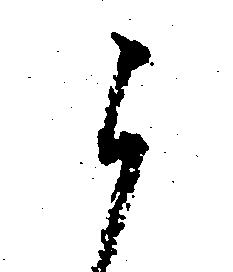
ら